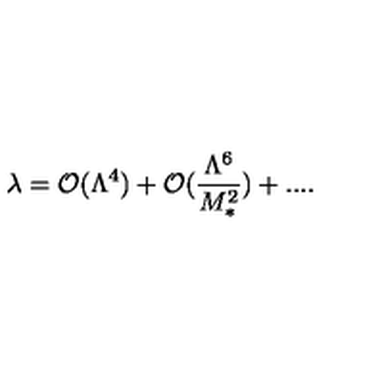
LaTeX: \lambda = { \cal O } ( \Lambda ^ { 4 } ) + { \cal O } ( \frac { \Lambda ^ { 6 } } { M _ { * } ^ { 2 } } ) + . . . .